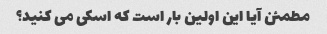
مطمئن آیا این اولین بار است که اسکی می کنید؟